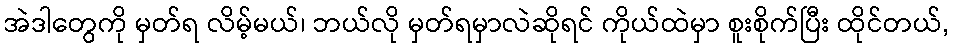
အဲဒါတွေကို မှတ်ရ လိမ့်မယ်၊ ဘယ်လို မှတ်ရမှာလဲဆိုရင် ကိုယ်ထဲမှာ စူးစိုက်ပြီး ထိုင်တယ်,